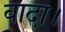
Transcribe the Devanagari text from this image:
वादा।